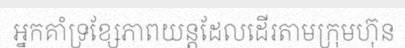
អ្នកគាំទ្រខ្សែភាពយន្តដែលដើរតាមក្រុមហ៊ុន